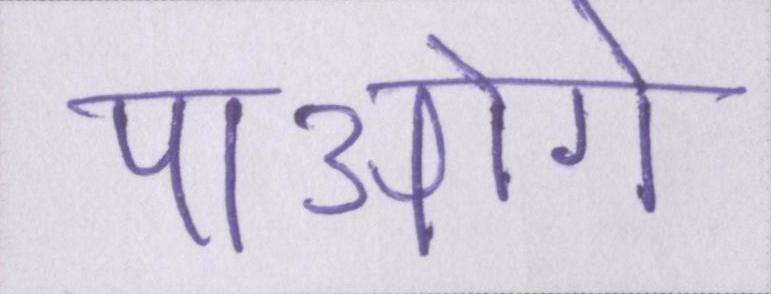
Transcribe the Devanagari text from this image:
पाओगे